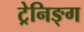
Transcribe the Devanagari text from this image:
ट्रेनिङ्ग